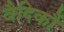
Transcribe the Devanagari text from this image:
वैदिकौं